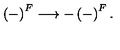
\left( - \right) ^ { F } \longrightarrow - \left( - \right) ^ { F } .